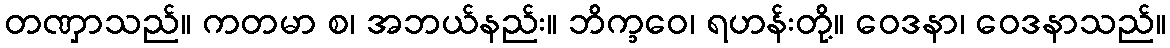
တဏှာသည်။ ကတမာ စ၊ အဘယ်နည်း။ ဘိက္ခဝေ၊ ရဟန်းတို့။ ဝေဒနာ၊ ဝေဒနာသည်။